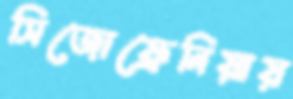
সিজোফ্রেনিয়ায়